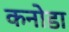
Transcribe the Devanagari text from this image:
कनोडा